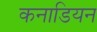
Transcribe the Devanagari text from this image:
कनाडियन